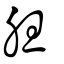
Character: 胆